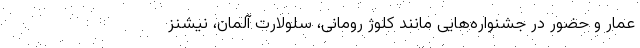
عمار و حضور در جشنواره‌هایی مانند کلوژ رومانی، سلولارت آلمان، نِیشنز